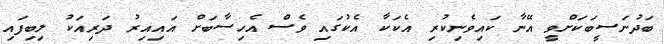
ބަދުނަސީބަކަށްވީ އޭނާ ކައިވެނިކުރި އެކަކާ އެކުގައި ވެސް އެހިސާބަށް އައިއިރު ދަރިއަކު ލިބިފައި